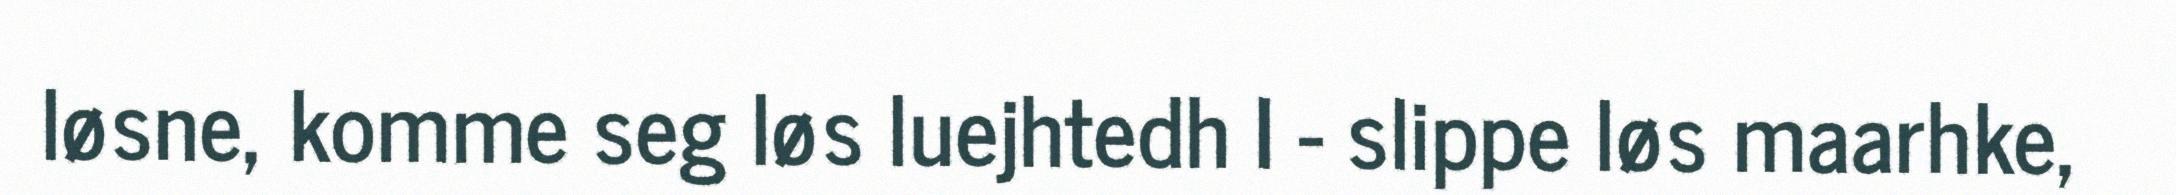
løsne, komme seg løs luejhtedh I - slippe løs maarhke,